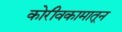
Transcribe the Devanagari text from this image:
कोरीवकामातून